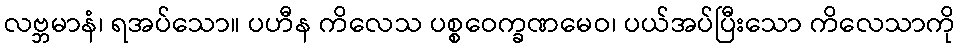
လဗ္ဘမာနံ၊ ရအပ်သော။ ပဟီန ကိလေသ ပစ္စဝေက္ခဏမေဝ၊ ပယ်အပ်ပြီးသော ကိလေသာကို